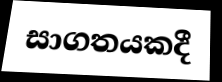
සාගතයකදී